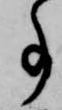
事